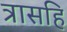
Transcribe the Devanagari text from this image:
त्रासहि